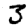
Digit: 3